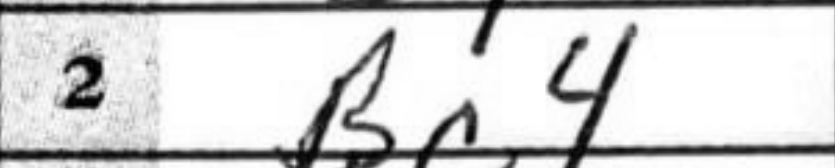
Transcription: Bc4